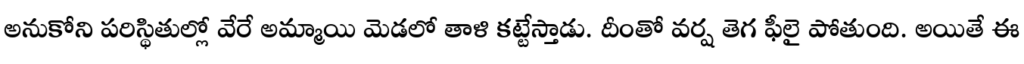
అనుకోని పరిస్థితుల్లో వేరే అమ్మాయి మెడలో తాళి కట్టేస్తాడు. దీంతో వర్ష తెగ ఫీలై పోతుంది. అయితే ఈ